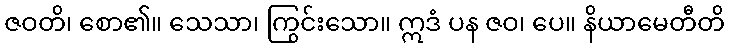
ဇဝတိ၊ စော၏။ သေသာ၊ ကြွင်းသော။ ဣဒံ ပန ဇဝ၊ ပေ။ နိယာမေတီတိ